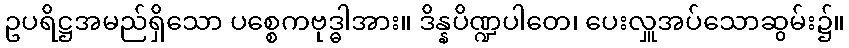
ဥပရိဋ္ဌအမည်ရှိသော ပစ္စေကဗုဒ္ဓါအား။ ဒိန္နပိဏ္ဍပါတေ၊ ပေးလှူအပ်သောဆွမ်း၌။